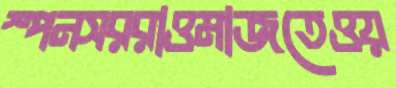
স্পনসররাওমাজতেওয়